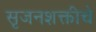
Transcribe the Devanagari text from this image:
सृजनशक्तीचे